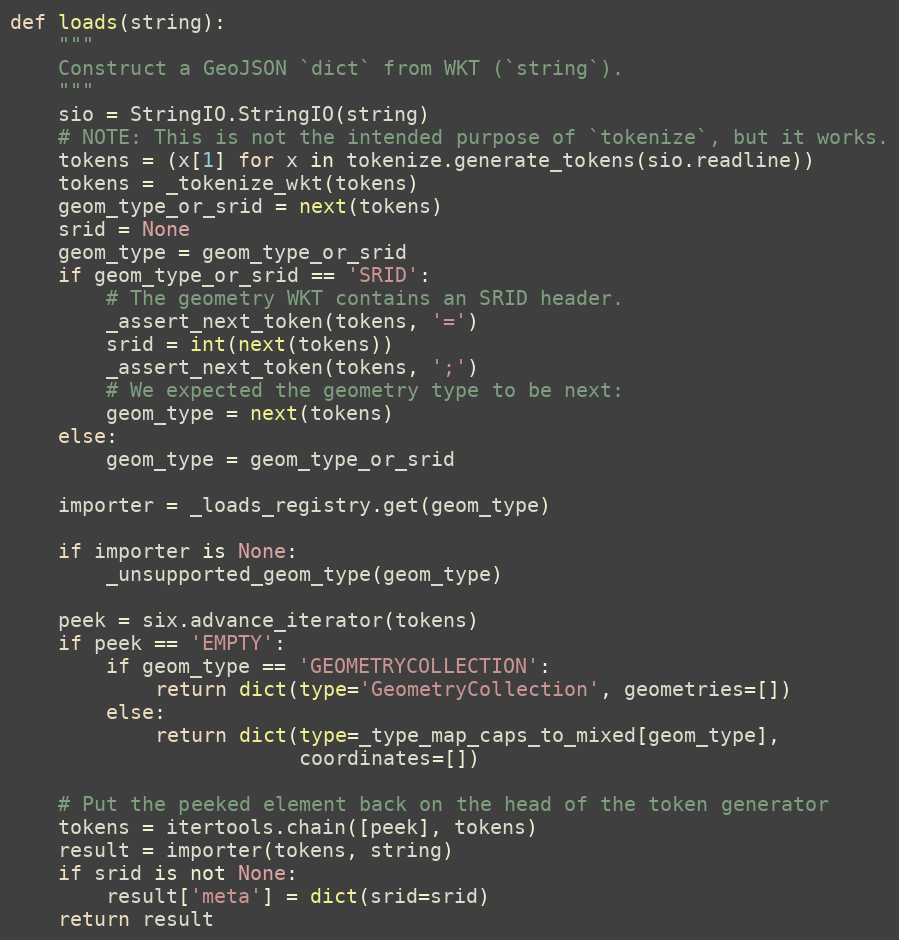
Language: Python
def loads(string):
    """
    Construct a GeoJSON `dict` from WKT (`string`).
    """
    sio = StringIO.StringIO(string)
    # NOTE: This is not the intended purpose of `tokenize`, but it works.
    tokens = (x[1] for x in tokenize.generate_tokens(sio.readline))
    tokens = _tokenize_wkt(tokens)
    geom_type_or_srid = next(tokens)
    srid = None
    geom_type = geom_type_or_srid
    if geom_type_or_srid == 'SRID':
        # The geometry WKT contains an SRID header.
        _assert_next_token(tokens, '=')
        srid = int(next(tokens))
        _assert_next_token(tokens, ';')
        # We expected the geometry type to be next:
        geom_type = next(tokens)
    else:
        geom_type = geom_type_or_srid

    importer = _loads_registry.get(geom_type)

    if importer is None:
        _unsupported_geom_type(geom_type)

    peek = six.advance_iterator(tokens)
    if peek == 'EMPTY':
        if geom_type == 'GEOMETRYCOLLECTION':
            return dict(type='GeometryCollection', geometries=[])
        else:
            return dict(type=_type_map_caps_to_mixed[geom_type],
                        coordinates=[])

    # Put the peeked element back on the head of the token generator
    tokens = itertools.chain([peek], tokens)
    result = importer(tokens, string)
    if srid is not None:
        result['meta'] = dict(srid=srid)
    return result